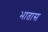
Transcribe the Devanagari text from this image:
भातास